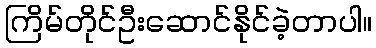
ကြိမ်တိုင်ဦးဆောင်နိုင်ခဲ့တာပါ။